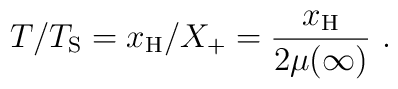
T/T_{\rm S}=x_{\rm H}/X_+=\frac{x_{\rm H}}{2 \mu(\infty)}\ .